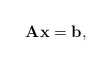
\begin{align*}{\bf A} {\bf x} = {\bf b},\end{align*}